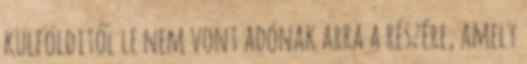
külfölditől le nem vont adónak arra a részére, amely